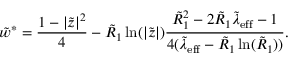
\tilde { w } ^ { * } = \frac { 1 - | \tilde { z } | ^ { 2 } } { 4 } - \tilde { R } _ { 1 } \ln ( | \tilde { z } | ) \frac { \tilde { R } _ { 1 } ^ { 2 } - 2 \tilde { R } _ { 1 } \tilde { \lambda } _ { \mathrm { e f f } } - 1 } { 4 ( \tilde { \lambda } _ { \mathrm { e f f } } - \tilde { R } _ { 1 } \ln ( \tilde { R } _ { 1 } ) ) } .